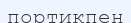
портикпен